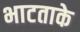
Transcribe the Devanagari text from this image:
भाटताके